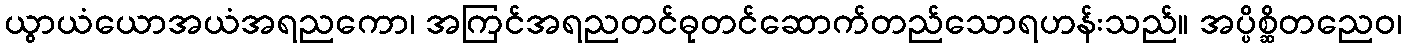
ယွာယံယောအယံအရညကော၊ အကြင်အရညတင်ဓုတင်ဆောက်တည်သောရဟန်းသည်။ အပ္ပိစ္ဆိတညေဝ၊